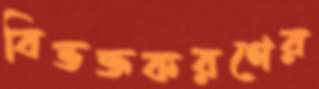
বিভক্তকরণের